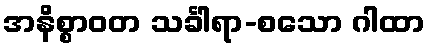
အနိစ္စာဝတ သင်္ခါရာ-စသော ဂါထာ